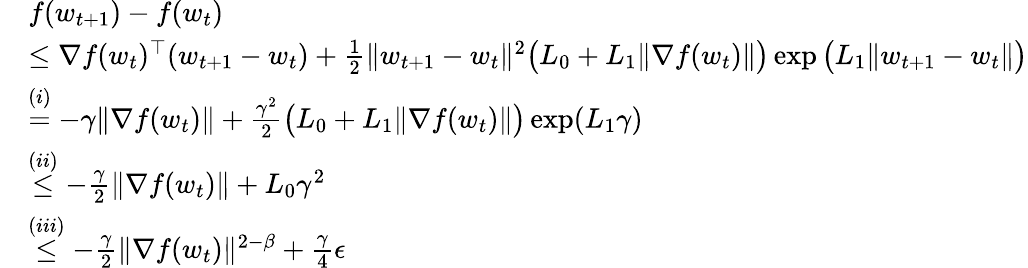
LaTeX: \begin{array}{rl}&{f(w_{t+1})-f(w_{t})}\\ &{\le\nabla f(w_{t})^{\top}(w_{t+1}-w_{t})+\frac{1}{2}\| w_{t+1}-w_{t}\| ^{2}\big(L_{0}+L_{1}\| \nabla f(w_{t})\| \big)\exp\big(L_{1}\| w_{t+1}-w_{t}\| \big)}\\ &{\overset{(i)}{=}-\gamma\| \nabla f(w_{t})\| +\frac{\gamma^{2}}{2}\big(L_{0}+L_{1}\| \nabla f(w_{t})\| \big)\exp(L_{1}\gamma)}\\ &{\overset{(ii)}{\le}-\frac{\gamma}{2}\| \nabla f(w_{t})\| +L_{0}\gamma^{2}}\\ &{\overset{(iii)}{\le}-\frac{\gamma}{2}\| \nabla f(w_{t})\| ^{2-\beta}+\frac{\gamma}{4}\epsilon}\end{array}